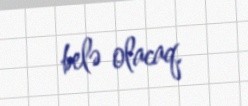
belə olacaq.